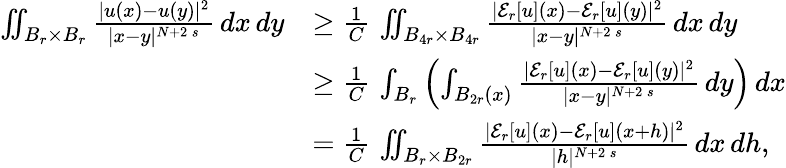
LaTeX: \begin{array}{rl}{\iint_{B_{r}\times B_{r}}\frac{|u(x)-u(y)|^{2}}{|x-y|^{N+2\, s}}\, dx\, dy}&{\ge\frac{1}{C}\, \iint_{B_{4r}\times B_{4r}}\frac{|\mathcal{E}_{r}[u](x)-\mathcal{E}_{r}[u](y)|^{2}}{|x-y|^{N+2\, s}}\, dx\, dy}\\ &{\ge\frac{1}{C}\, \int_{B_{r}}\left(\int_{B_{2r}(x)}\frac{|\mathcal{E}_{r}[u](x)-\mathcal{E}_{r}[u](y)|^{2}}{|x-y|^{N+2\, s}}\, dy\right)\, dx}\\ &{=\frac{1}{C}\, \iint_{B_{r}\times B_{2r}}\frac{|\mathcal{E}_{r}[u](x)-\mathcal{E}_{r}[u](x+h)|^{2}}{|h|^{N+2\, s}}\, dx\, dh,}\end{array}